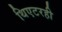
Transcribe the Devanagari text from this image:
थिएटरही